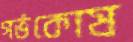
গর্ভকোষ